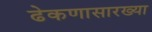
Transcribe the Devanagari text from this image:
ढेकणासारख्या